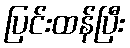
ပြင်းထန်ပြီး